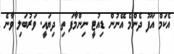
އެކަމް އަފޫ ދެންމެ އޭނުން ޑިއުޓީ ނިންމާފަ ތި ދިޔައީ. ވަރުބަލި ވާނެ